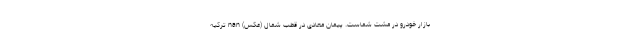
بازار خودرو در مشت شماست. پیمان معادی در قطب شمال (عکس) nan ترکیه